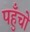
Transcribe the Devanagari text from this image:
पहुँचो